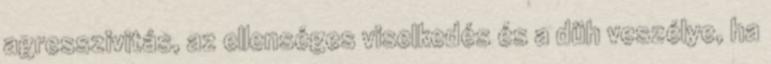
agresszivitás, az ellenséges viselkedés és a düh veszélye, ha